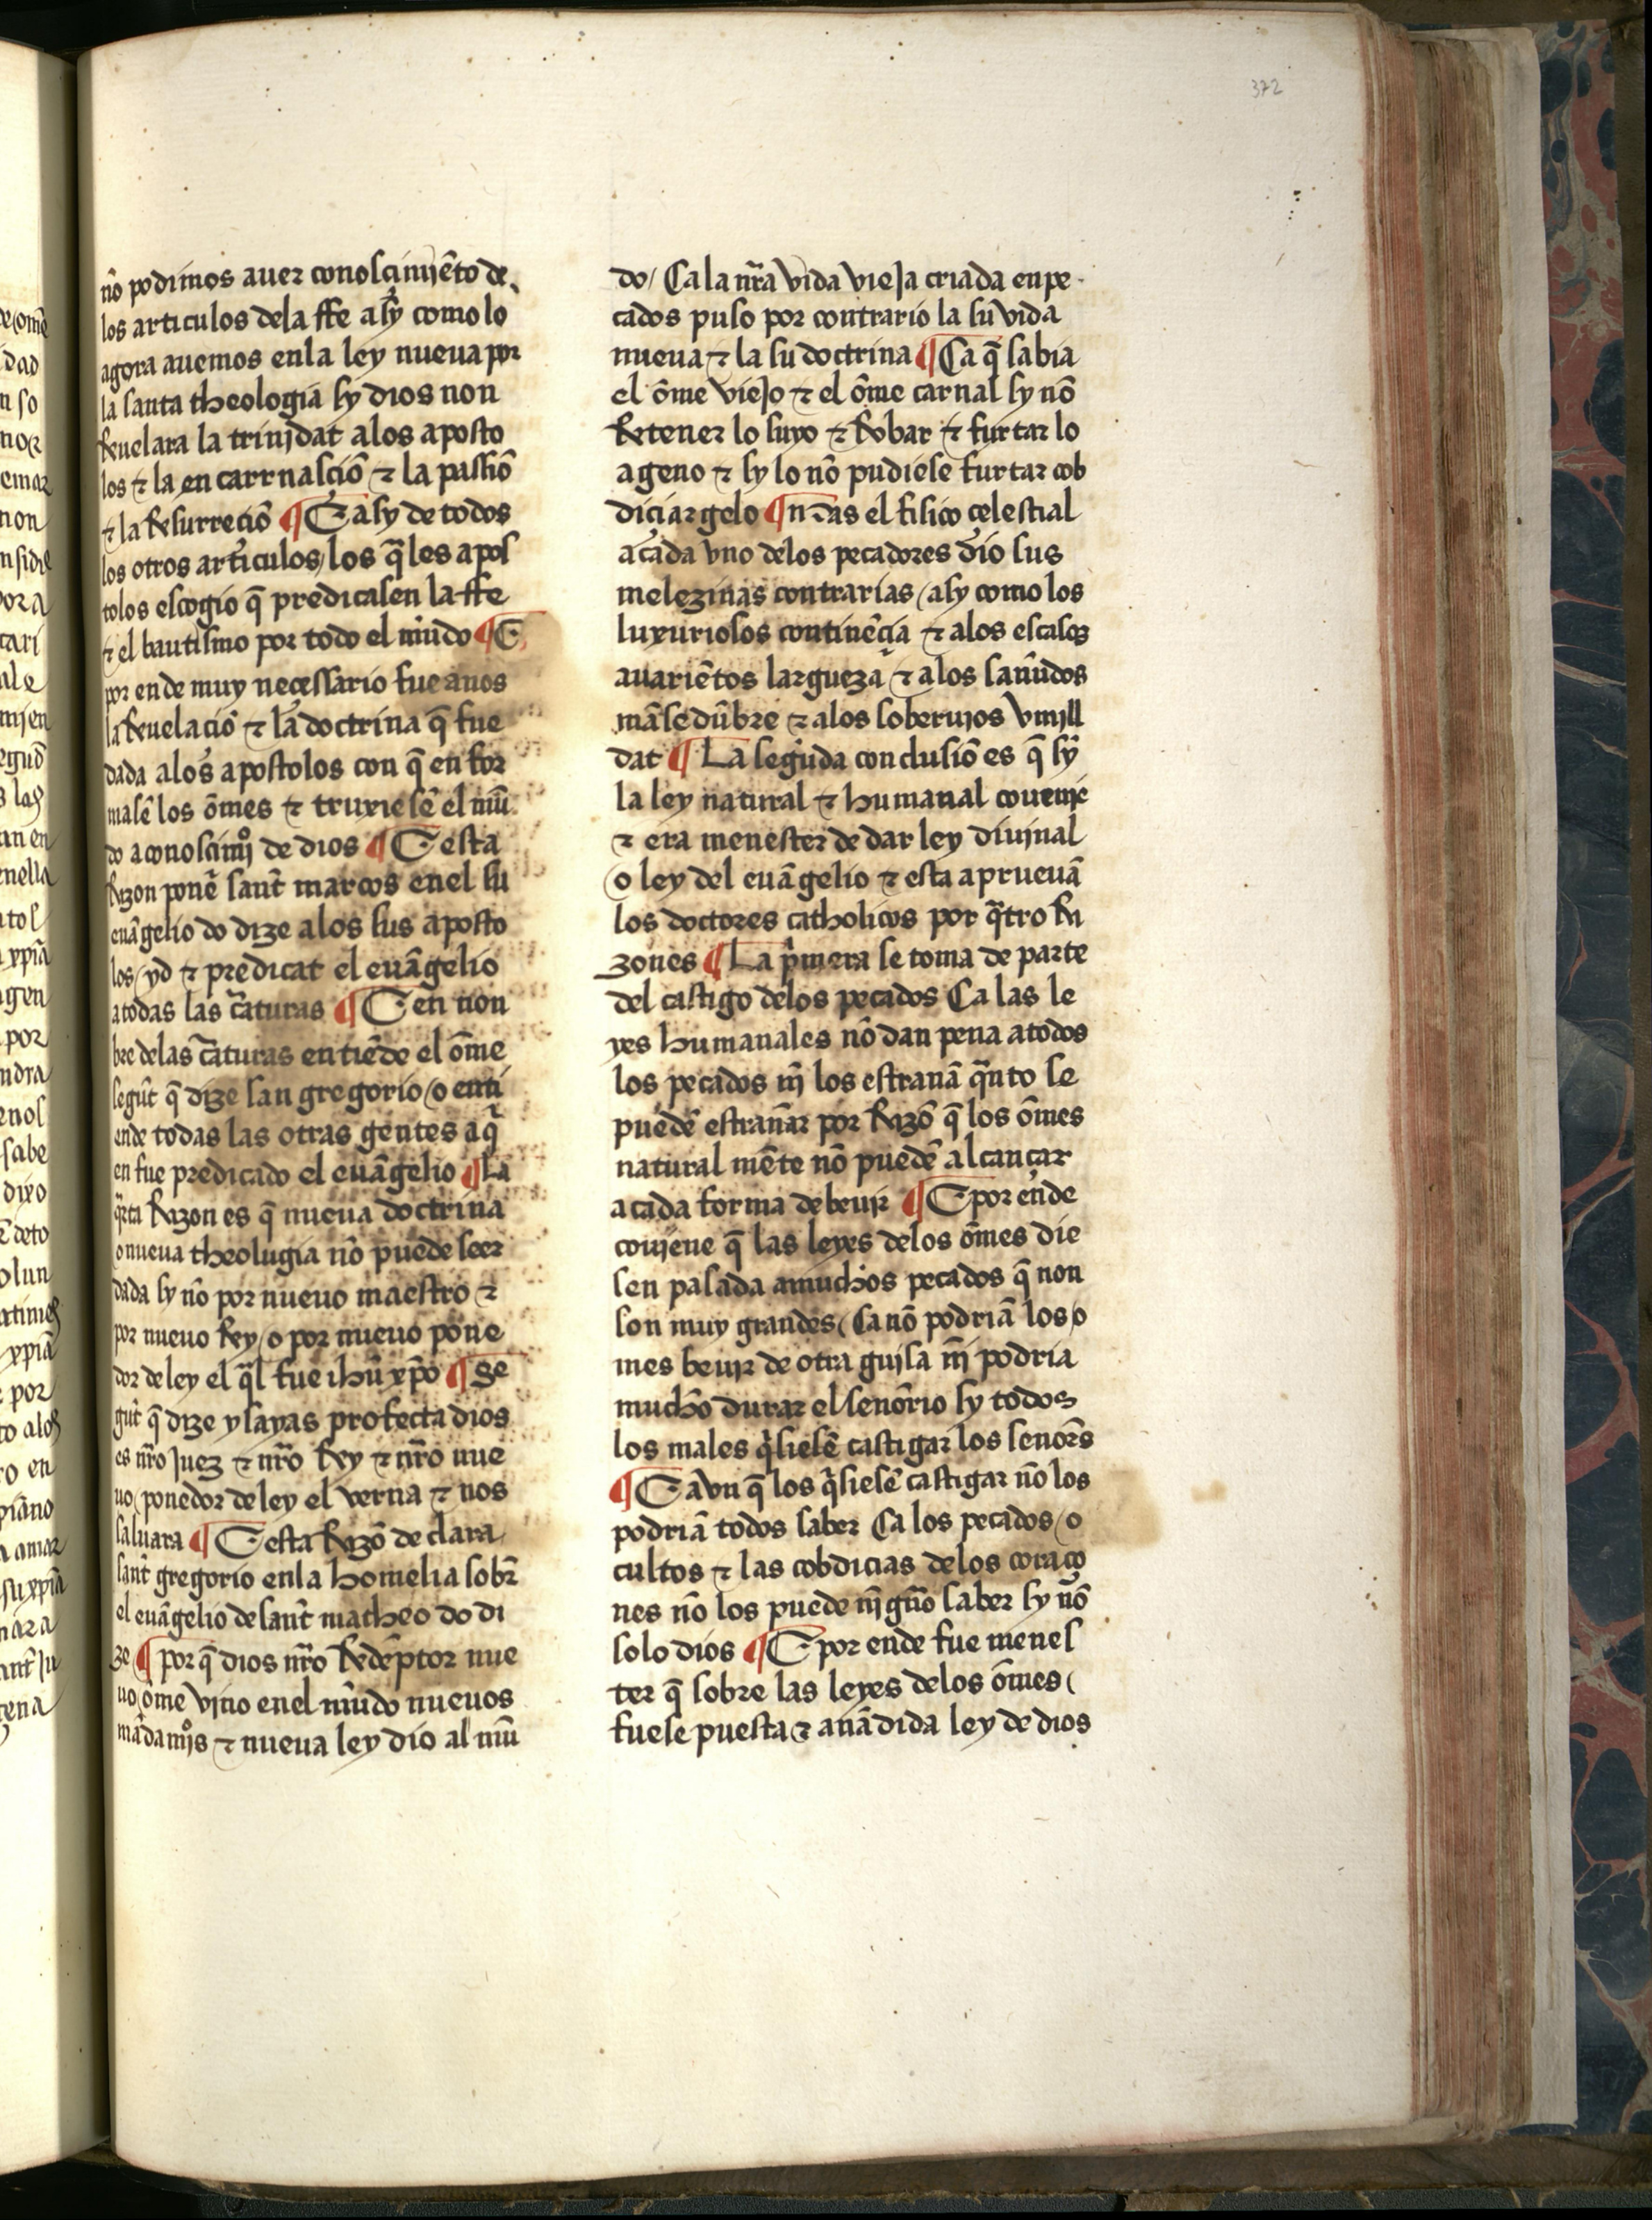
Shelfmark: Salamanca, Biblioteca Histórica USAL, 2709
Century: 15